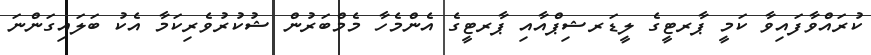
ކުރައްވާފައިވާ ކަމީ ޕާރޓީގެ ލީޑަރޝިޕްއާއި ޕާރޓީގެ އެންމެހާ މެމްބަރުން ޝުކުރުވެރިކަމާ އެކު ބަލައިގަންނަ